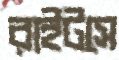
রাইটসে